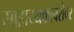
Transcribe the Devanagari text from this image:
साहाय्यकाबरोबर